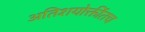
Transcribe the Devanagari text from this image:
अतिशयोक्तींतच